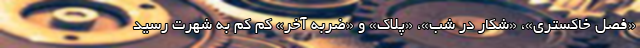
«فصل خاکستری»، «شکار در شب»، «پلاک» و «ضربه آخر» کم کم به شهرت رسید